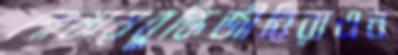
শোভায়বুদ্ধিজীবিরাএন